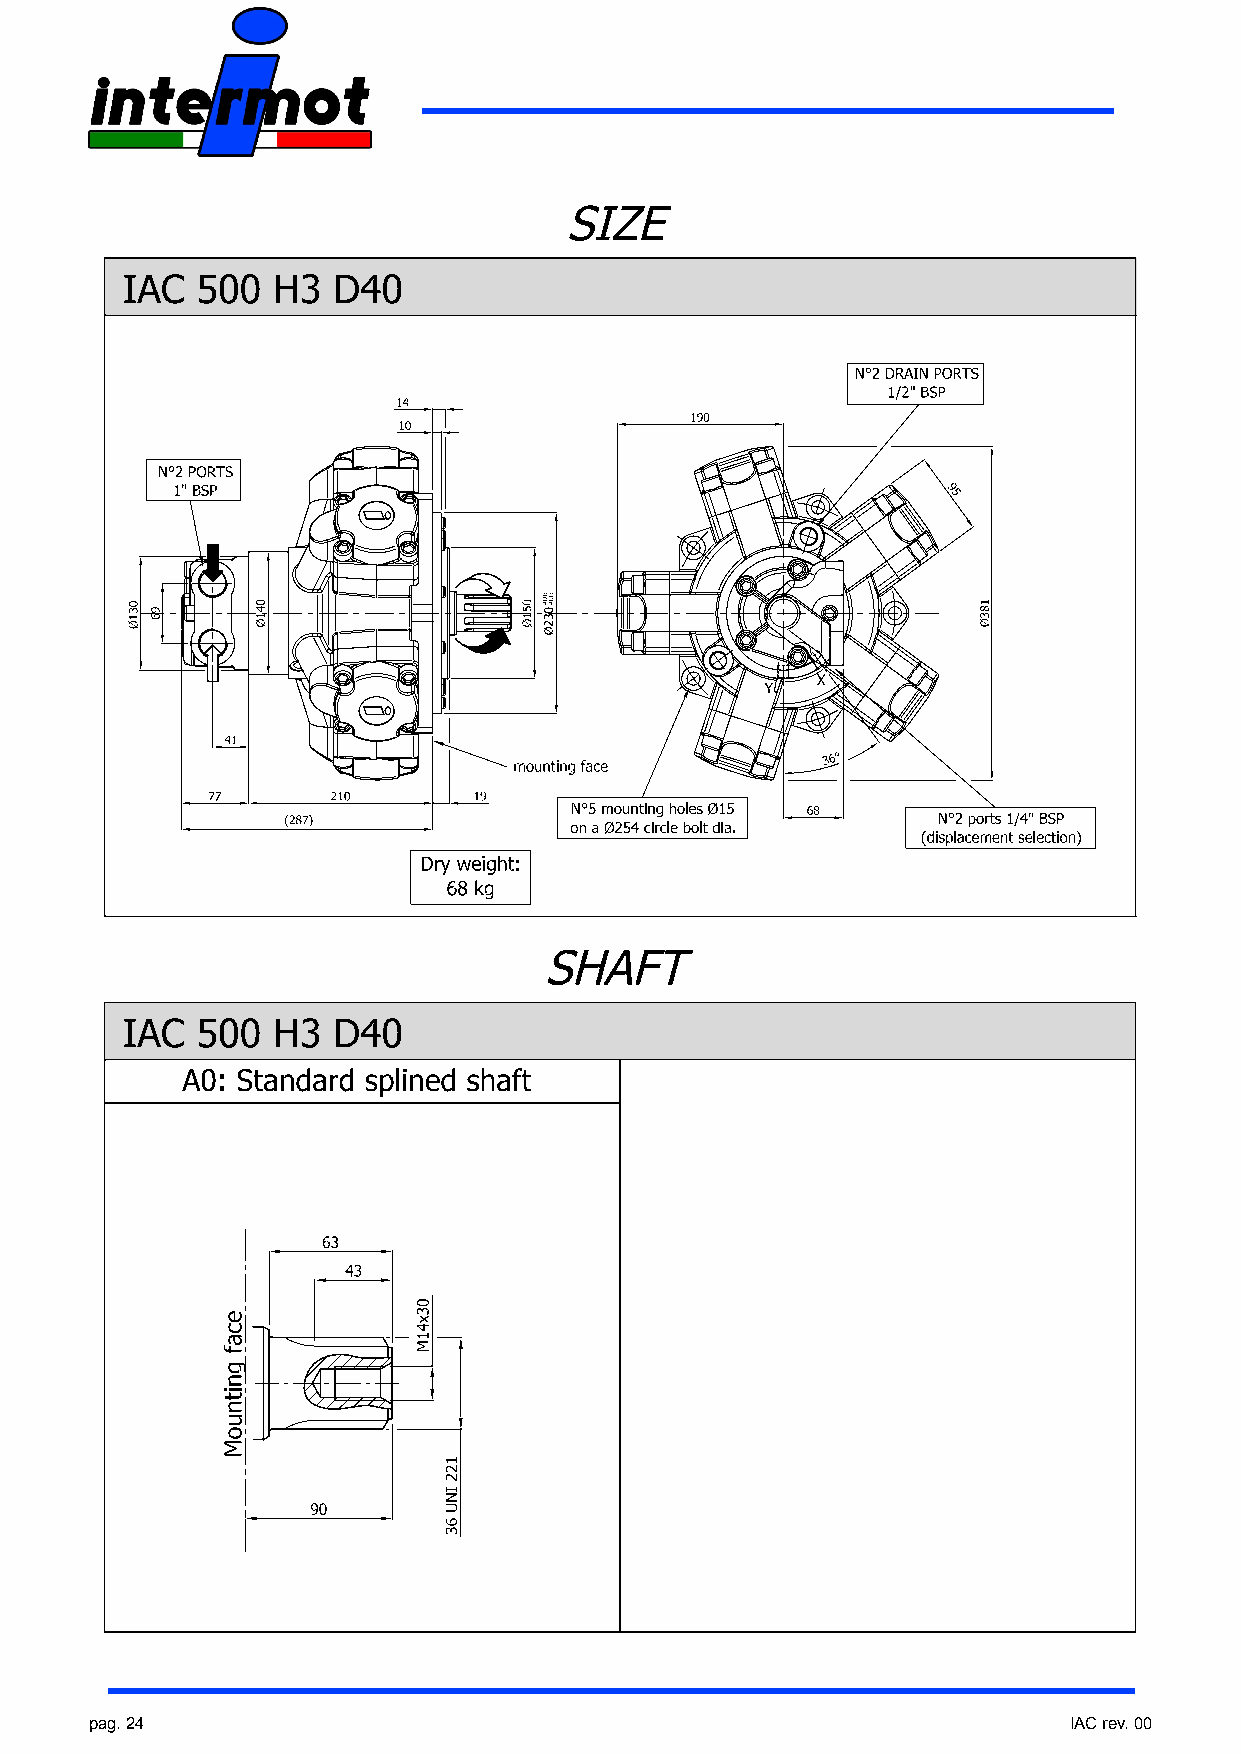
pag. 24                                                          IAC rev. 00